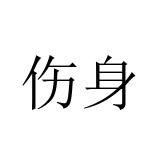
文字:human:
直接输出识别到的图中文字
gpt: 伤身